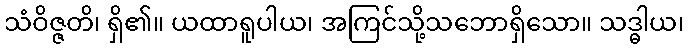
သံဝိဇ္ဇတိ၊ ရှိ၏။ ယထာရူပါယ၊ အကြင်သို့သဘောရှိသော။ သဒ္ဓါယ၊